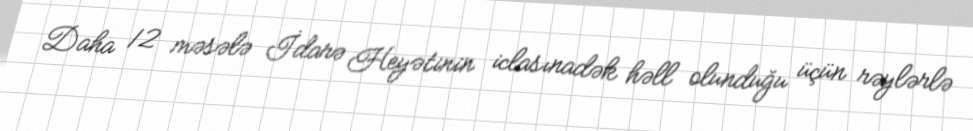
Daha 12 məsələ İdarə Heyətinin iclasınadək həll olunduğu üçün rəylərlə